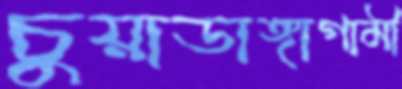
চুয়াডাঙ্গাগামী